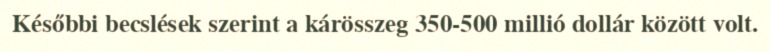
Későbbi becslések szerint a kárösszeg 350-500 millió dollár között volt.